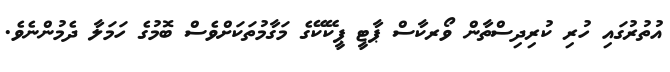
އުތުރުގައި ހުރި ކުރިދިސްތާން ވޯރކާސް ޕާޓީ ޕީކޭކޭގެ މަގާމުތަކަށްވެސް ބޮމުގެ ހަމަލާ ދެމުންނެވެ.